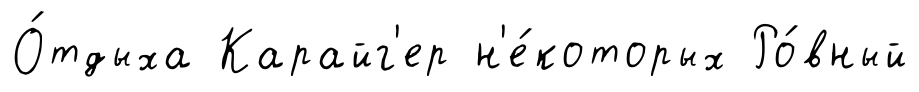
О́тдыха Карайг'ер н'е́которых Ро́вный